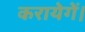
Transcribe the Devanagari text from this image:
करायेगें।